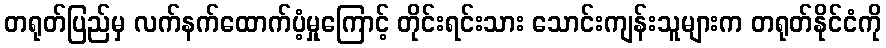
တရုတ်ပြည်မှ လက်နက်ထောက်ပံ့မှုကြောင့် တိုင်းရင်းသား သောင်းကျန်းသူများက တရုတ်နိုင်ငံကို